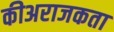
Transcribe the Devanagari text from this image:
कीअराजकता